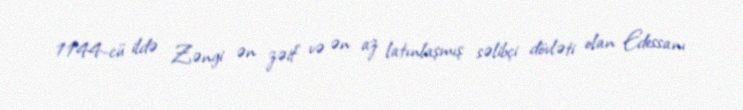
1144-cü ildə Zəngi ən zəif və ən az latınlaşmış səlibçi dövləti olan Edessanı